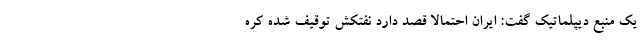
یک منبع دیپلماتیک گفت: ایران احتمالا قصد دارد نفتکش توقیف شده کره